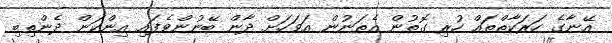
އޭނާގެ ހަރަކާތްތައް ހުރި ގޮތުން އެތަނުން އަވަހަށް ދާން ބޭނުންވެފައި އިންކަން ދެންތިބި